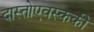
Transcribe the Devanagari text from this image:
दास्तोएवस्ककी